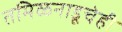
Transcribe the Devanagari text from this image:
तमिळनाडूचेही